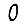
Digit: 0